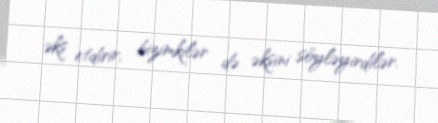
əks etdirir, bizimkilər də əksini söyləyirdilər.